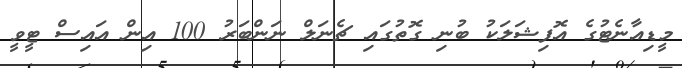
މީޑިއާނެޓުގެ އޮފިޝަލަކު ބުނި ގޮތުގައި ޗެނަލް ނަންބަރު 100 އިން އައިސް ޓީވީ